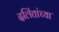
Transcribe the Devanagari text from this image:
दलिंतांच्या